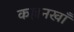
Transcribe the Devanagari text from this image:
कल्लनखाँ